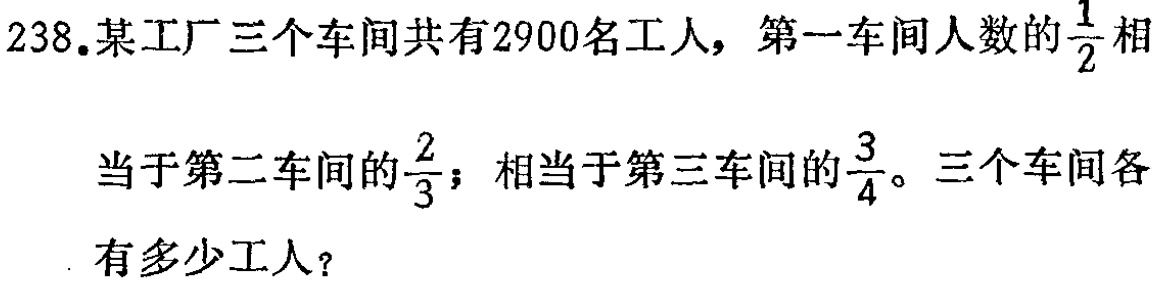
238.某工厂三个车间共有2900名工人，第一车间人数的$\frac{1}{2}$相

当于第二车间的$\frac{2}{3}$；相当于第三车间的$\frac{3}{4}$。三个车间各

有多少工人？